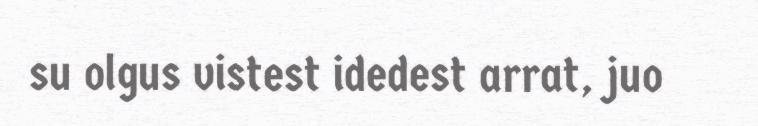
su olgus vistest idedest arrat, juo